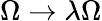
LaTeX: \Omega\to\lambda\Omega